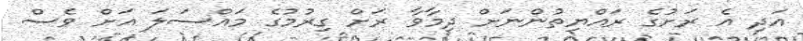
އަދި އެ ރަށުގެ ރައްޔިތުންނަށް ދިމާވާ ރަށް ގިރުމުގެ މައްސަލަ އަށް ވެސް